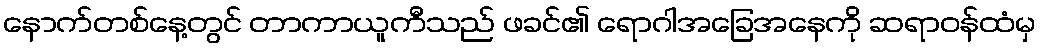
နောက်တစ်နေ့တွင် တာကာယူကီသည် ဖခင်၏ ရောဂါအခြေအနေကို ဆရာဝန်ထံမှ